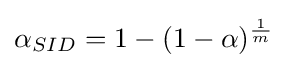
\alpha _{SID}=1-(1-\alpha )^{\frac {1}{m}}